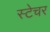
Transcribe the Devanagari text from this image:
स्टेचर